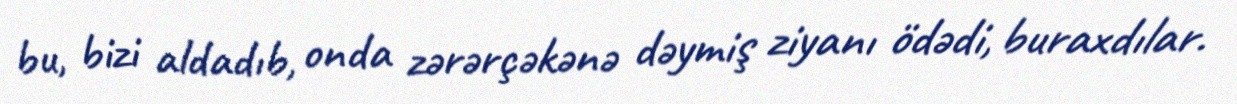
bu, bizi aldadıb, onda zərərçəkənə dəymiş ziyanı ödədi, buraxdılar.